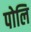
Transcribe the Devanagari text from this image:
पोलि